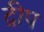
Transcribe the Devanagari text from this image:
द्रीप